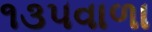
૧૩૫વાળા